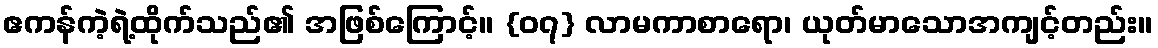
ဧကန်ကဲ့ရဲ့ထိုက်သည်၏ အဖြစ်ကြောင့်။ {၀၇} လာမကာစာရော၊ ယုတ်မာသောအကျင့်တည်း။